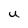
Character: u